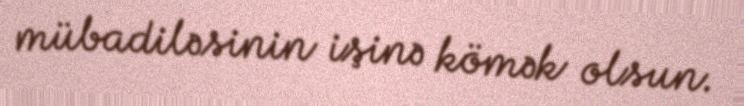
mübadiləsinin işinə kömək olsun.